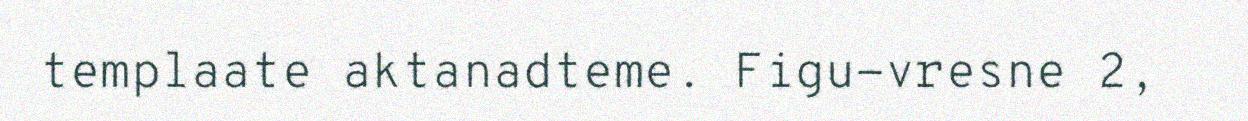
templaate aktanadteme. Figu-vresne 2,